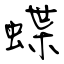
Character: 蝶